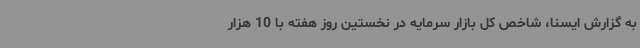
به گزارش ایسنا، شاخص کل بازار سرمایه در نخستین روز هفته با 10 هزار